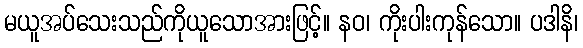
မယူအပ်သေးသည်ကိုယူသောအားဖြင့်။ နဝ၊ ကိုးပါးကုန်သော။ ပဒါနိ၊